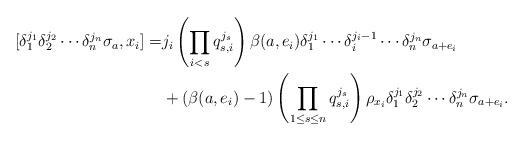
LaTeX: \begin{align*}[\delta_1^{j_1}\delta_2^{j_2}\cdots \delta_n^{j_n} \sigma_a ,x_i]=& j_i \left( \prod_{i<s}q_{s,i}^{j_s} \right) \beta (a,e_i)\delta_1^{j_1}\cdots \delta_i^{j_i-1}\cdots \delta_n^{j_n} \sigma_{a+e_i} \\&+( \beta(a,e_i) -1) \left( \prod_{1\leq s \leq n} q_{s,i}^{j_s}\right)\rho_{x_i}\delta_1^{j_1}\delta_2^{j_2}\cdots \delta_n^{j_n} \sigma_{a+e_i}.\end{align*}